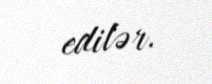
edilər.